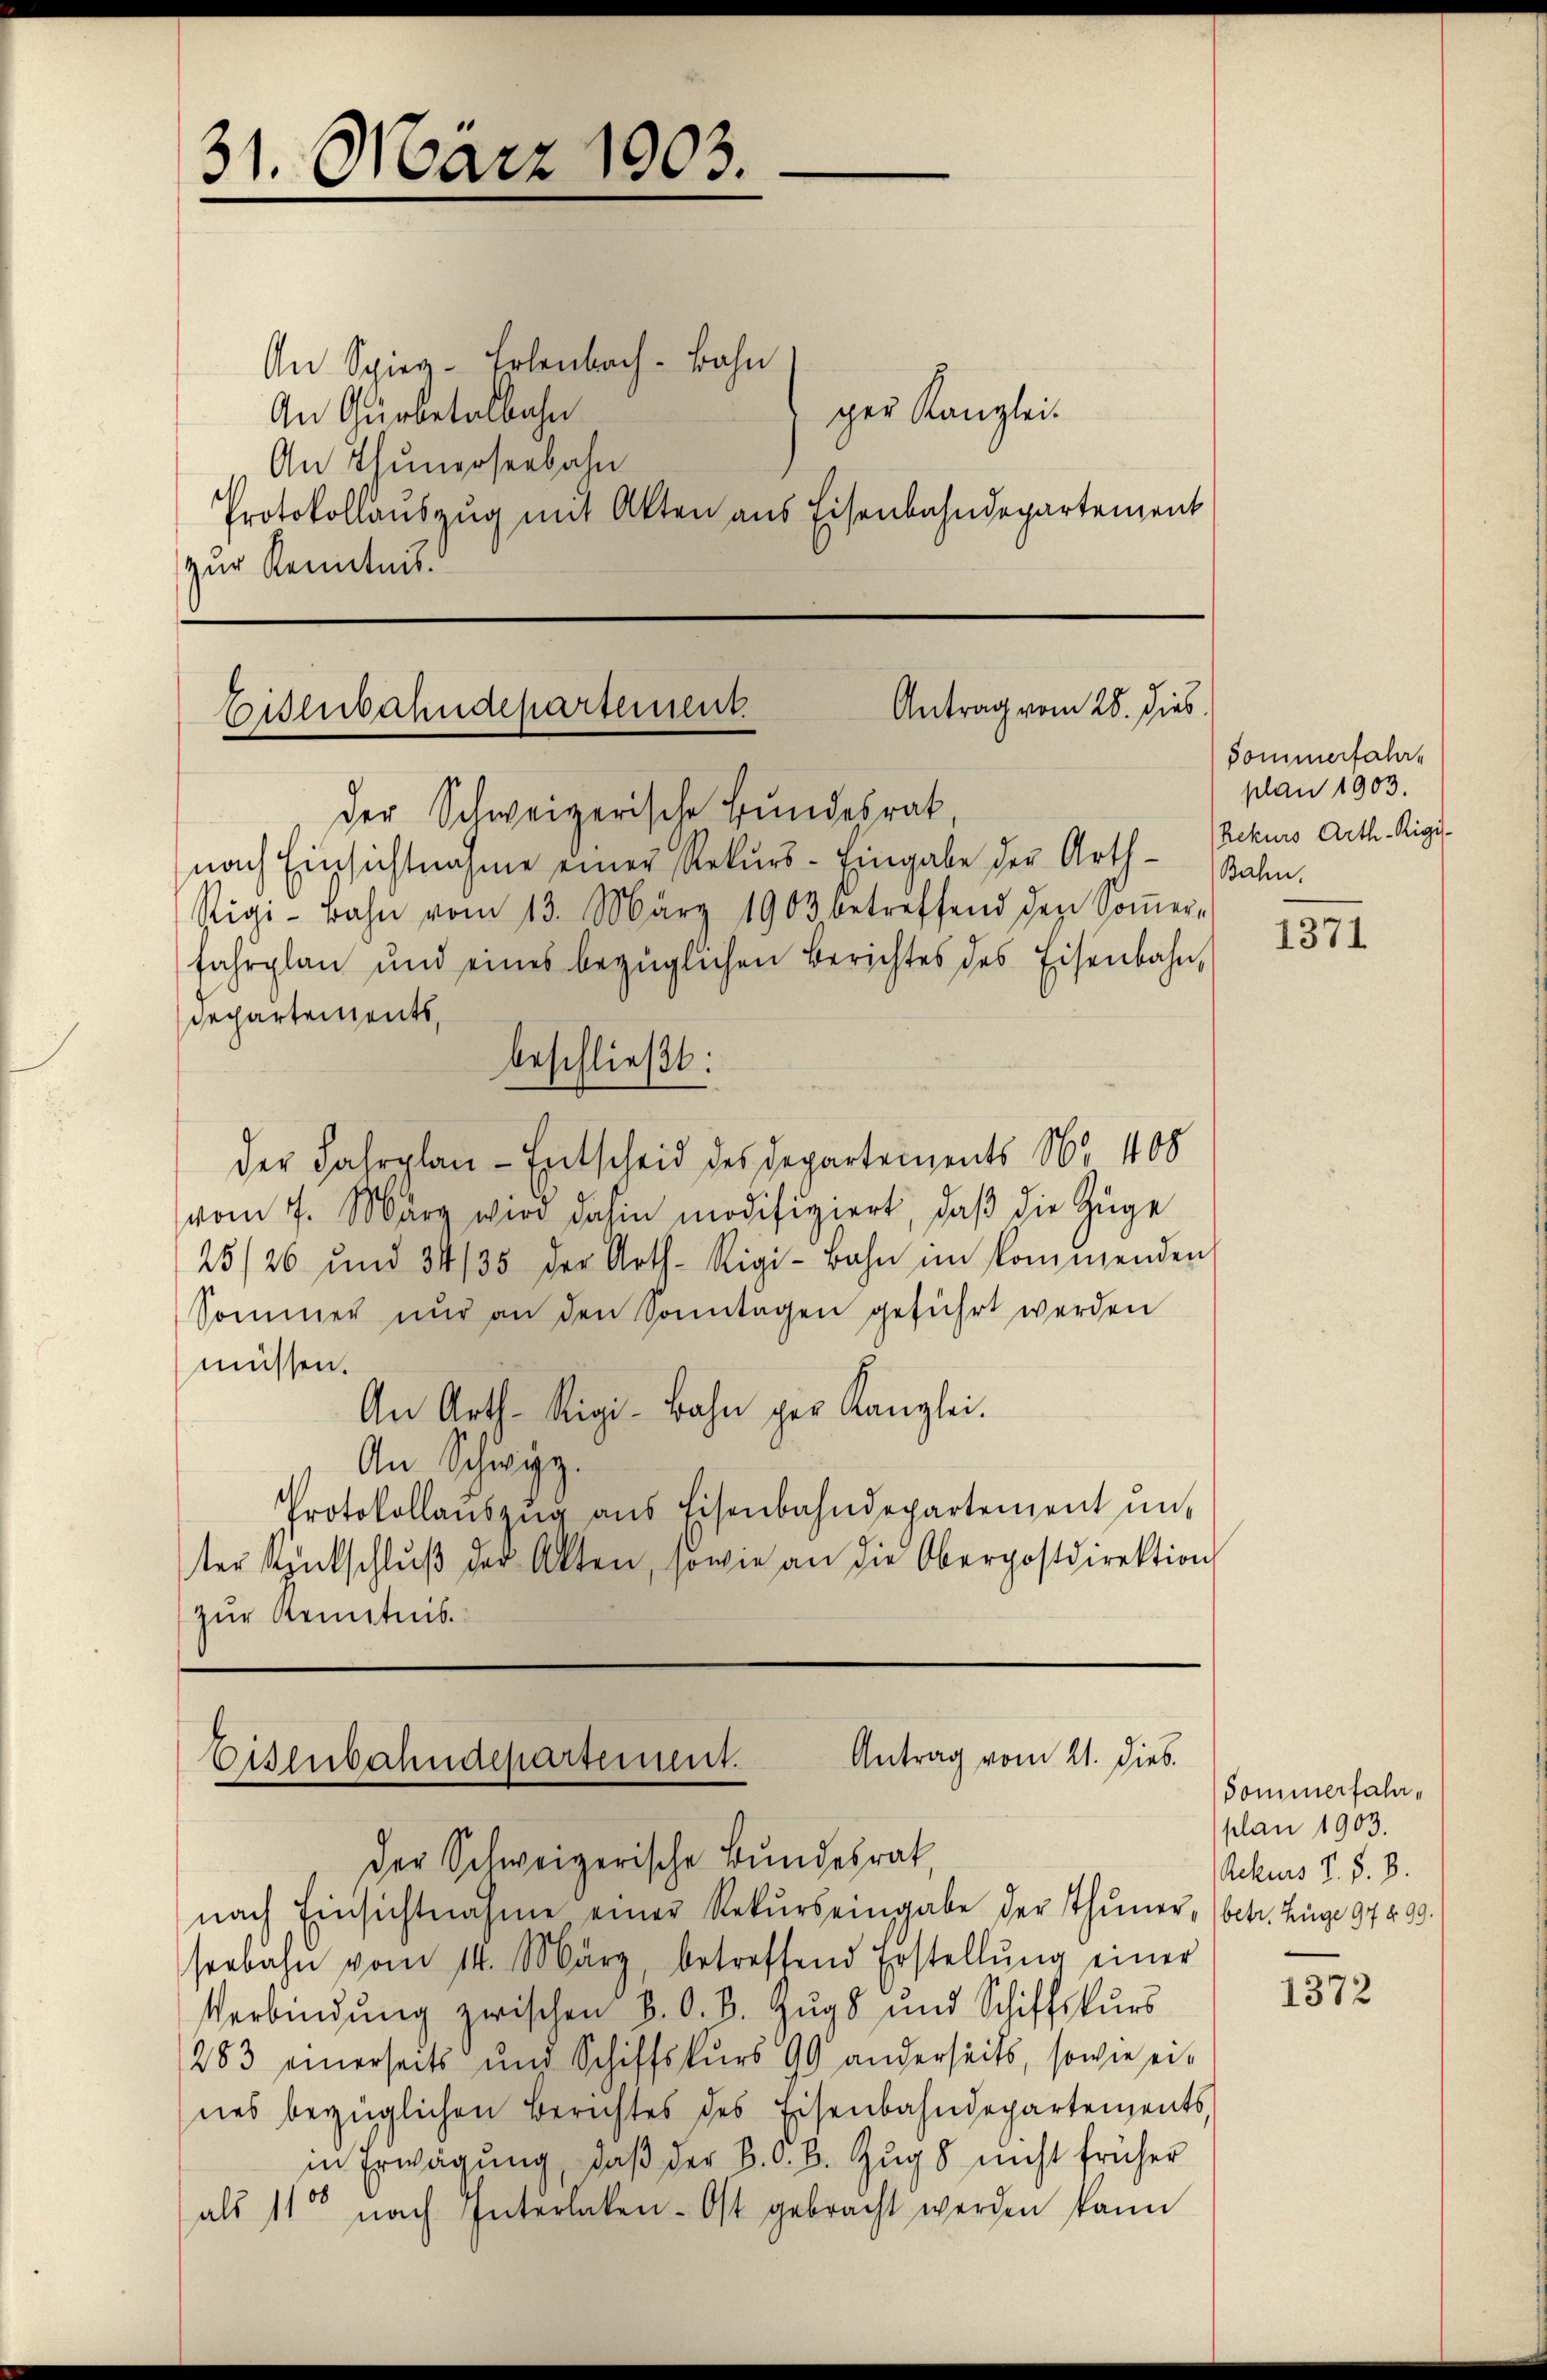
An Spieg-Erlenbach - Bahn
An Gürbetalbahn
An Thunzosenbahn
zur Kenntnis.

31. März 1903.

Antrag vom 28. dies
Eisenbahndepartement.
der Schweizerische Bundesrat,
nach Einsichtnahme einer Rekurs-Eingabe der Arth-Bahn

Rigi-Bahn vom 13. März 1903 betreffend den Soṁer-
fahrplan und eines bezüglichen Berichtes des Eisenbahn,
Dechartements,
der Fahrplan-Entscheid des Departements Nr. 408
vom 7. März wird dahin modifiziert, daβ die Züge
25/26 und 34/35 der Arth. Rigi-Bahn im kommenden
Sommer nŭr an den Sonntagen geführt werden
müssen.
An Arth. Rigi-Bahn per Kanzlei.
An Schwyz.
Protokollaŭszŭg ans Eisenbahndepartement ŭn-
ter Rentschlŭβ der Akten, sowie an die Oberpostdirektion
zur Kenntnis

beschließt:

ger Kanzlei.
Protokollauszug mit Akten aus Eisenbahndepartement

Antrag vom 21. Dieb.
Eisenbahndepartement.
der Schweizerische Bundesrat,
nach Einsichtnahme einer Rekŭrs eingabe der Thuner (betr. Zuge 97 899.

Sommerfahr,
plan 1903.
Rekurs Arth. Rigis-

seebahn vom 14. März, betreffend Erstellŭng einer
Verbindung zwischen B. O. B. Zug 8 und Schiffskurs
283 einerseits und Schiffskŭrs 99 anderseits, sowie ei-
nes bezüglichen Berichtes des Eisenbahndepartements,
in Erwägung, daβ der B. C. B. Zŭg 8 nicht früher
als 110 nach Interlaken. Ost gebracht werden kann

1371

Somunerfahrplan 1903.
Rekurs d. d. 8.

1372